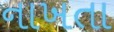
નાખતા